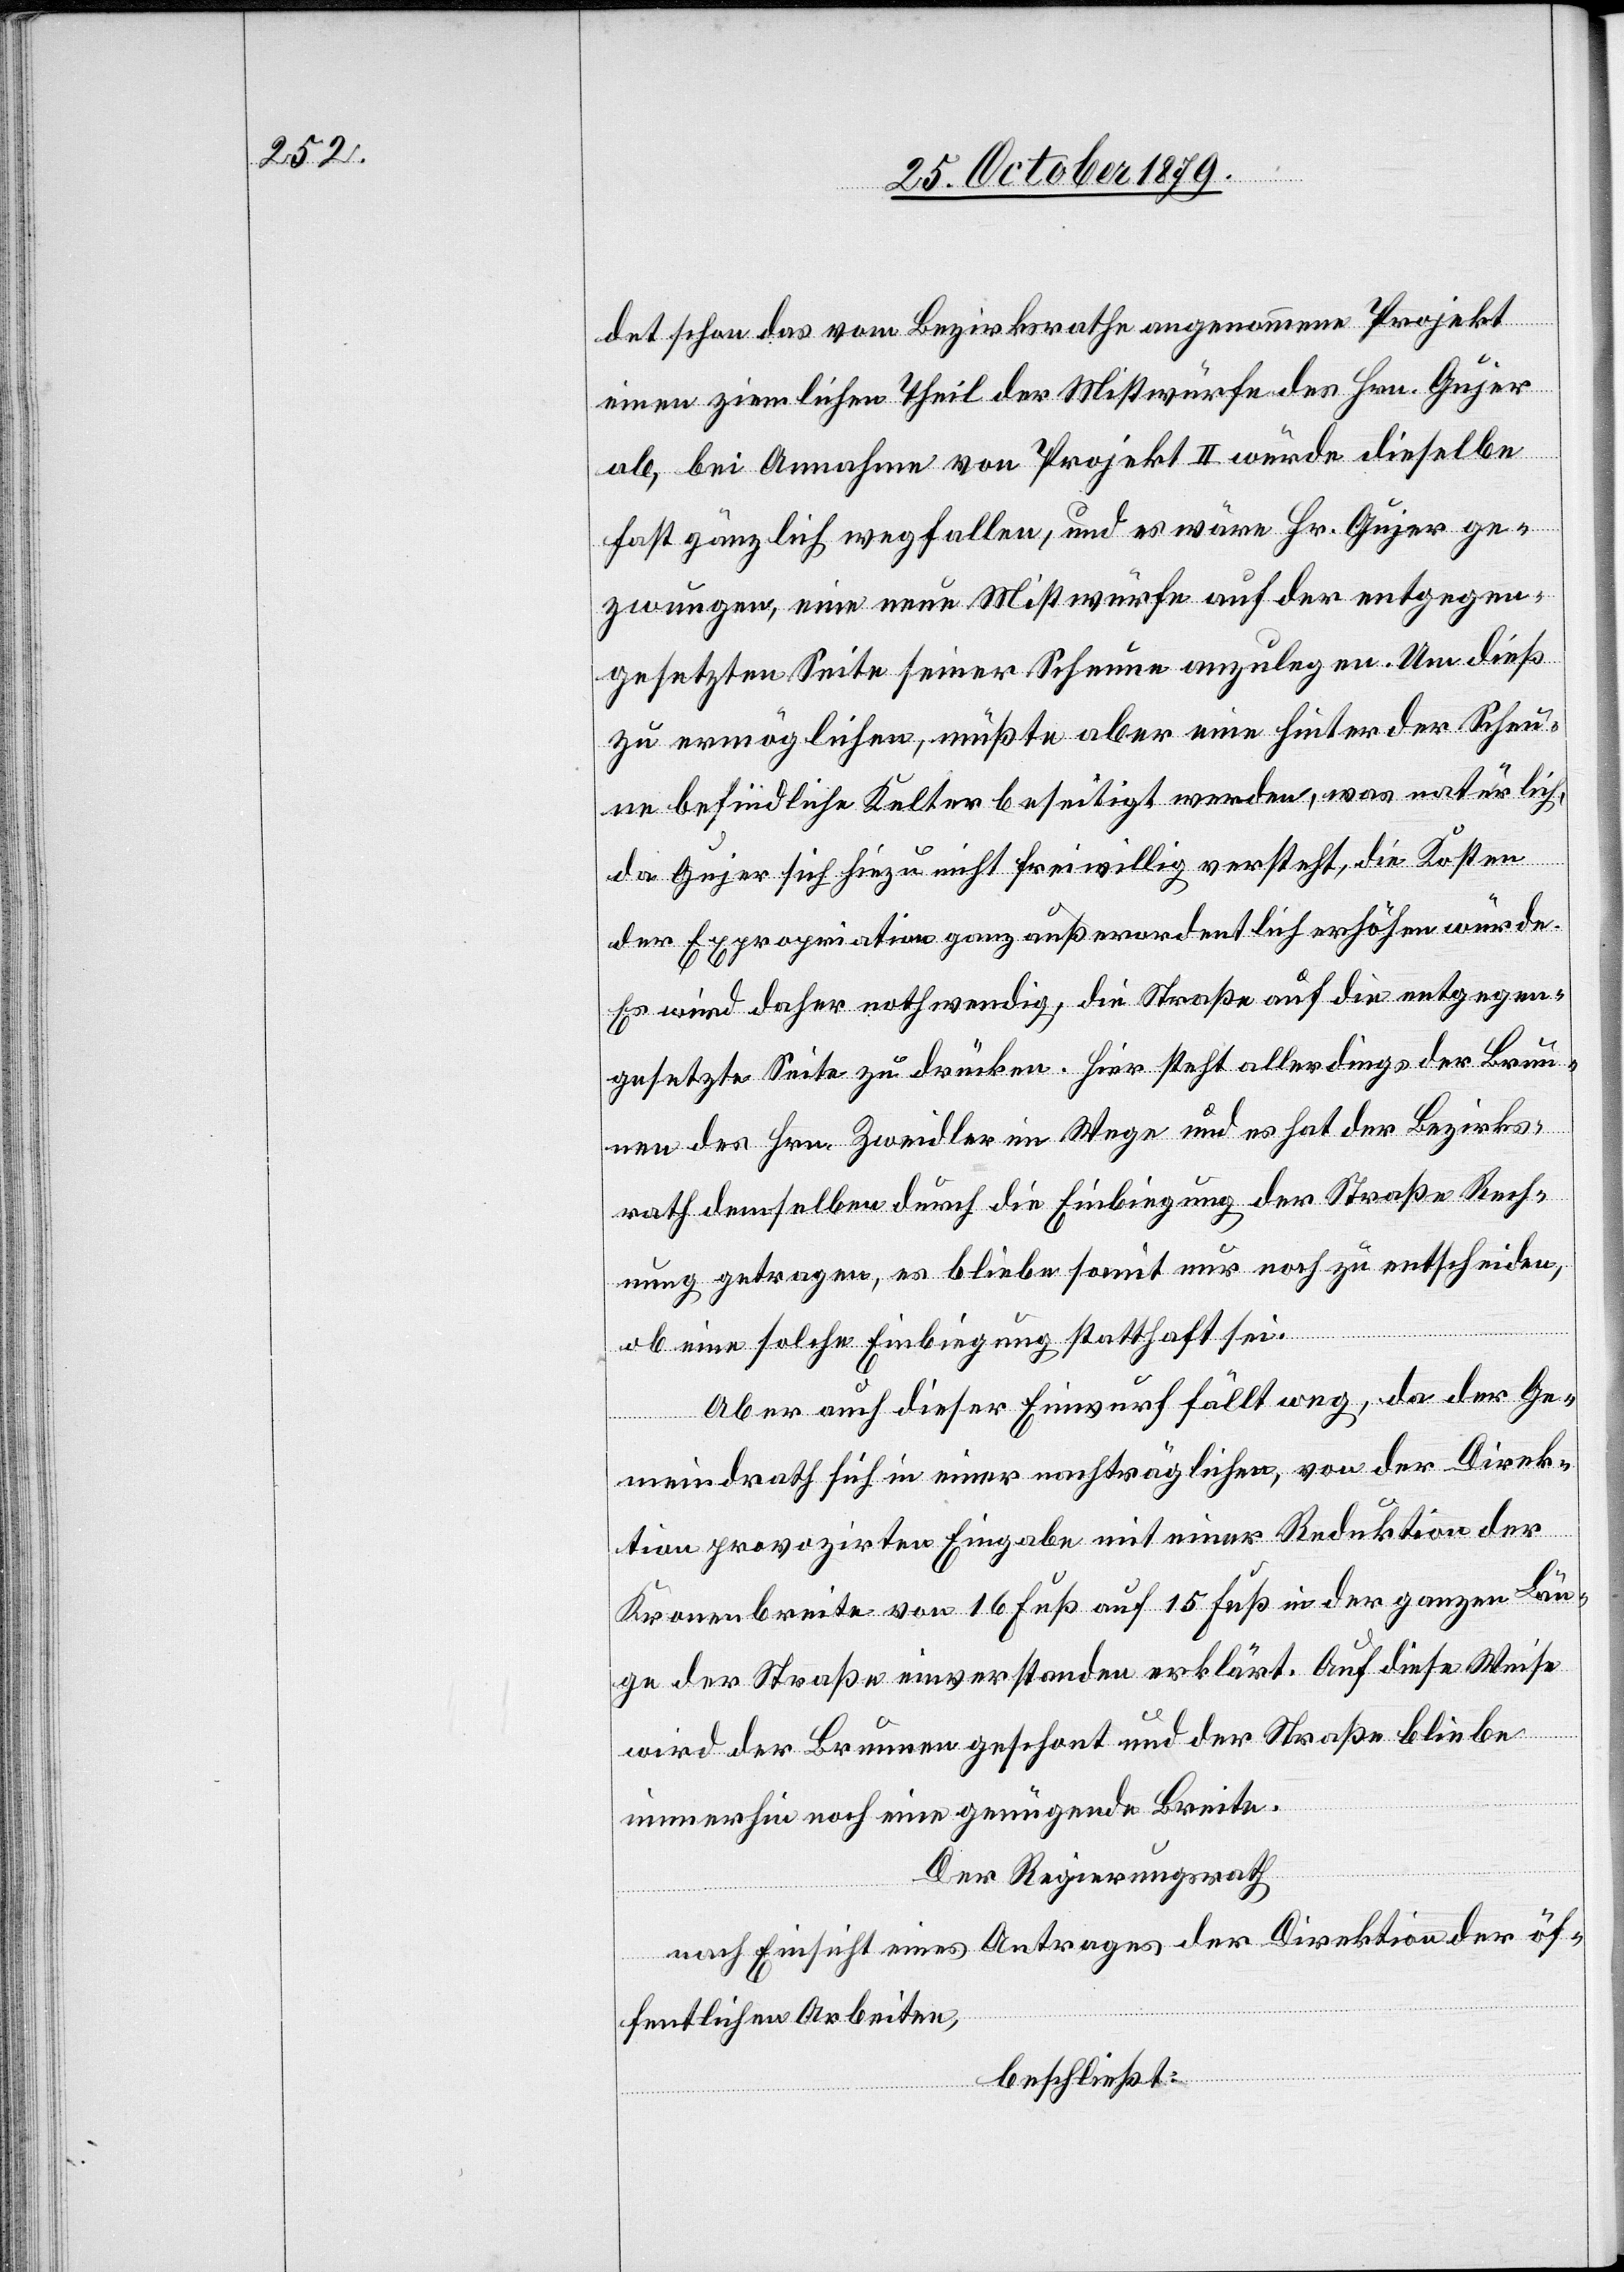
det schon das vom Bezirksrathe angenommene Projekt
einen ziemlichen Theil der Mistwürfe des Hrn. Gujer
ab, bei Annahme von Projekt II würde dieselbe
fast gänzlich wegfallen, und es wäre Hr. Gujer ge¬
zwungen, eine neue Mistwürfe auf der entgegen¬
gesetzten Seite seiner Scheune anzulegen. Um dieß
zu ermöglichen, müßte aber eine hinter der Scheu¬
ne befindliche Kelter beseitigt werden, was natürlich,
da Gujer sich hiezu nicht freiwillig versteht, die Kosten
der Expropriation ganz außerordentlich erhöhen würde.
Es wird daher nothwendig, die Straße auf die entgegen¬
gesetzte Seite zu drücken. Hier steht allerdings der Brun¬
nen des Hrn. Zweidler im Wege und es hat der Bezirks¬
rath demselben durch die Einbiegung der Straße Rech¬
nung getragen, es bliebe somit nur noch zu entscheiden,
ob eine solche Einbiegung statthaft sei.
Aber auch dieser Einwurf fällt weg, da der Ge¬
meindrath sich in einer nachträglichen, von der Direk¬
tion provozirten Eingabe mit einer Reduktion der
Kranenbreite von 16 Fuß auf 15 Fuß in der ganzen Län¬
ge der Straße einverstanden erklärt. Auf diese Weise
wird der Brunnen geschont und der Straße bliebe
immerhin noch eine genügende Breite.
Der Regierungsrath,
nach Einsicht eines Antrages der Direktion der öf¬
fentlichen Arbeiten,
beschließt: